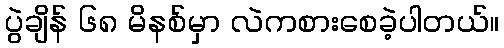
ပွဲချိန် ၆၈ မိနစ်မှာ လဲကစားစေခဲ့ပါတယ်။